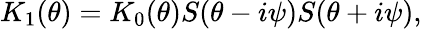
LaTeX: K_{1}(\theta)=K_{0}(\theta)S(\theta-i\psi)S(\theta+i\psi),